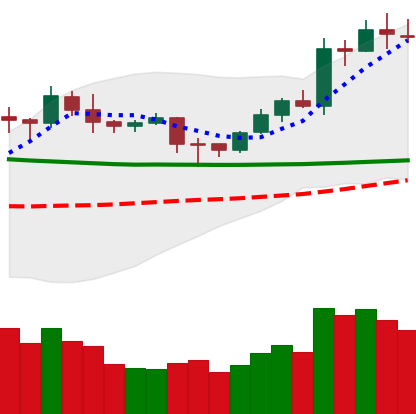
Ticker: LTC-USD
Chart end date: 2020-02-03
Forward return: 9.583%
Label: up_7plus